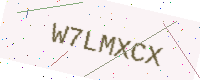
Text: W7LMXCX